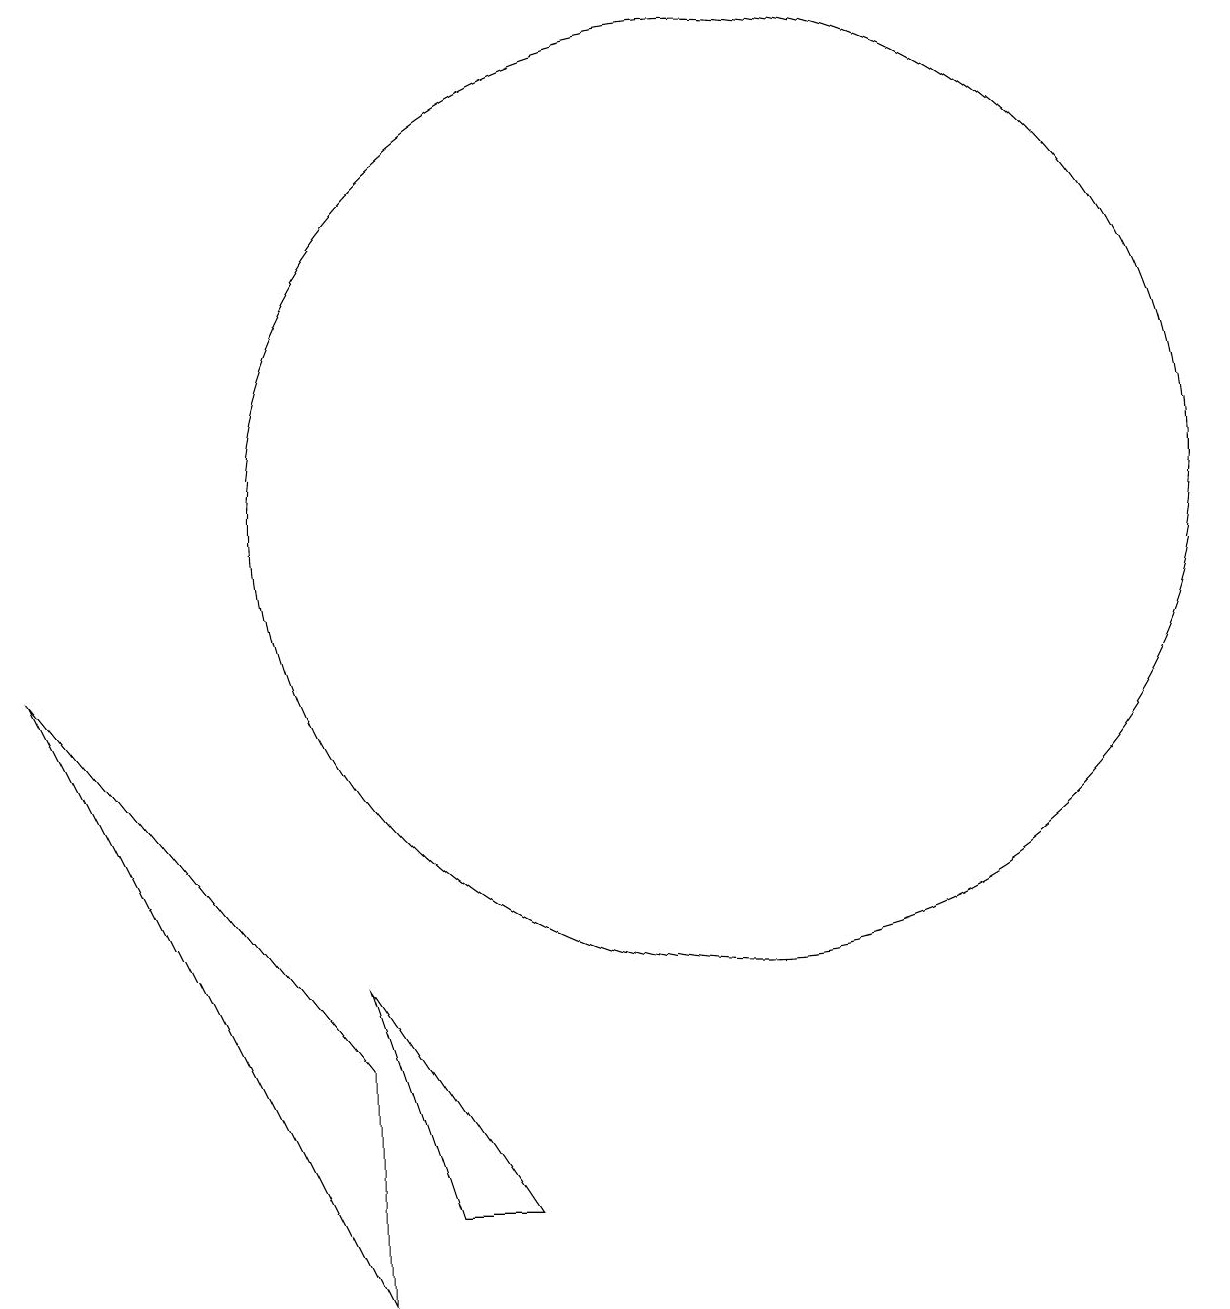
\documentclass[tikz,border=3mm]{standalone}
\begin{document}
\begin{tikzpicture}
\draw (3,8) -- (7,3) -- (7,0) -- cycle;
\draw (7,4) -- (9,1) -- (8,1) -- cycle;
\draw (12,10) circle (6);
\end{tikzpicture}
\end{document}